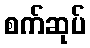
စက်ဆုပ်